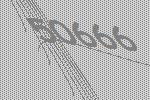
50666